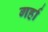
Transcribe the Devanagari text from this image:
गर्हा